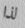
لذا